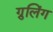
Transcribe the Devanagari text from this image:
ग्रुलिंग